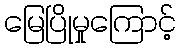
မြေပြိုမှုကြောင့်